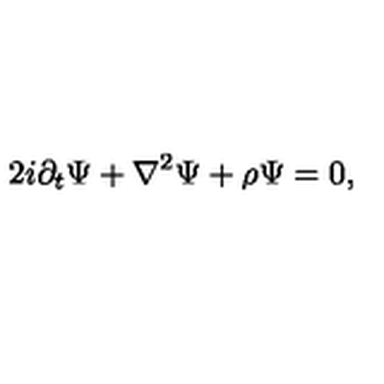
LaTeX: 2 i \partial _ { t } \Psi + \nabla ^ { 2 } \Psi + { \rho } \Psi = 0 ,